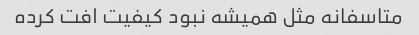
متاسفانه مثل همیشه نبود کیفیت افت کرده